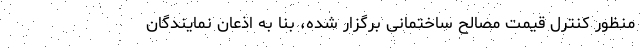
منظور کنترل قیمت مصالح ساختمانی برگزار شده، بنا به اذعان نمایندگان